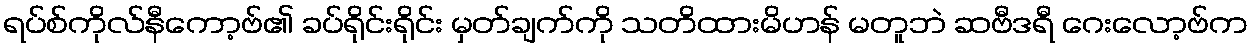
ရပ်စ်ကိုလ်နီကော့ဗ်၏ ခပ်ရိုင်းရိုင်း မှတ်ချက်ကို သတိထားမိဟန် မတူဘဲ ဆဗီဒရီ ဂေးလော့ဗ်က